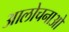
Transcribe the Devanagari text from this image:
आलोचनाआें